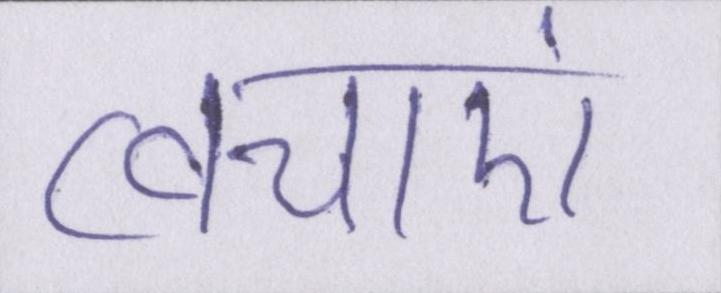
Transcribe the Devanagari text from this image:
त्वचाएं